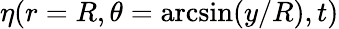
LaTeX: \eta(r=R,\theta=\arcsin(y/R),t)